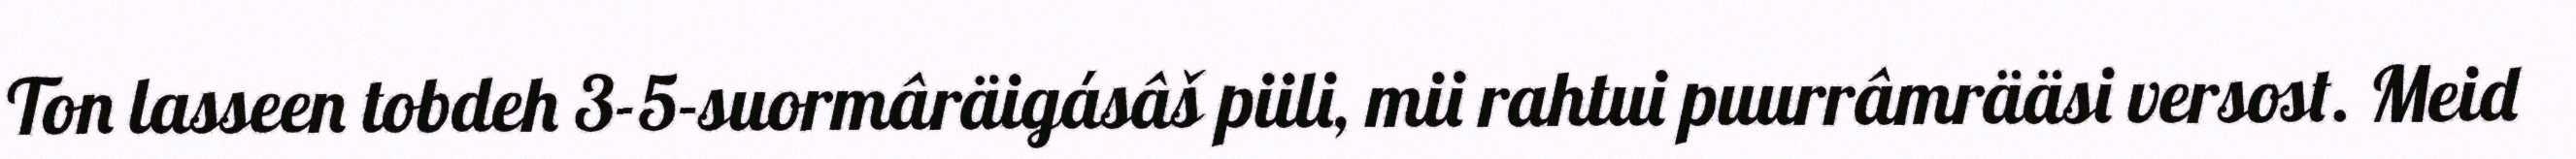
Ton lasseen tobdeh 3-5-suormâräigásâš piili, mii rahtui puurrâmrääsi versost. Meid